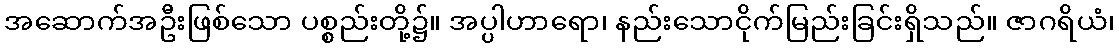
အဆောက်အဦးဖြစ်သော ပစ္စည်းတို့၌။ အပ္ပါဟာရော၊ နည်းသောငိုက်မြည်းခြင်းရှိသည်။ ဇာဂရိယံ၊